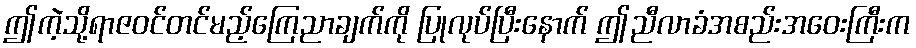
ဤကဲ့သို့ရာဇဝင်တင်မည့်ကြေညာချက်ကို ပြုလုပ်ပြီးနောက် ဤညီလာခံအစည်းအဝေးကြီးက